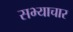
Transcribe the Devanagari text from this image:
सभ्याचार